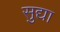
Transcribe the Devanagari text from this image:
सुद्या